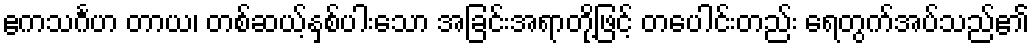
ဧကသင်္ဂဟ တာယ၊ တစ်ဆယ့်နှစ်ပါးသော အခြင်းအရာတို့ဖြင့် တပေါင်းတည်း ရေတွက်အပ်သည်၏